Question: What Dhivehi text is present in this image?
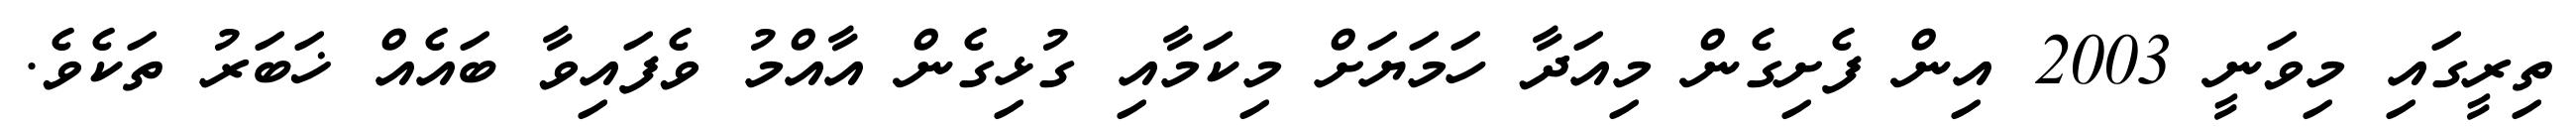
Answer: ތިރީގައި މިވަނީ 2003 އިން ފެށިގެން މިއަދާ ހަމަޔަށް މިކަމާއި ގުޅިގެން އާއްމު ވެފައިވާ ބައެއް ޚަބަރު ތަކެވެ.